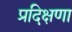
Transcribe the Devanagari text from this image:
प्रदिक्षणा